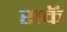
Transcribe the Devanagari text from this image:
राकॅ